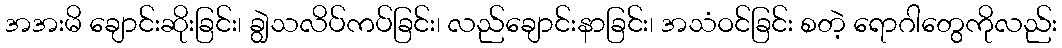
အအးမိ ချောင်းဆိုးခြင်း၊ ချွဲသလိပ်ကပ်ခြင်း၊ လည်ချောင်းနာခြင်း၊ အသံဝင်ခြင်း စတဲ့ ရောဂါတွေကိုလည်း